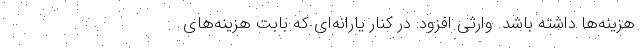
هزینه‌ها داشته باشد. وارثی افزود: در کنار یارانه‌ای که بابت هزینه‌های